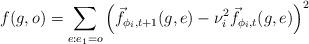
LaTeX: \begin{align*} f(g, o) = \sum_{e:e_1 = o} \left(\vec f_{\phi_i, t+1}(g, e) - \nu_i^2\vec f_{\phi_i, t}(g, e)\right)^2\end{align*}